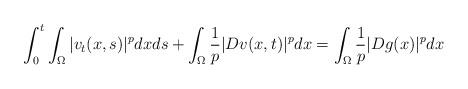
LaTeX: \begin{align*}\int^t_0\int_{\Omega}|v_t(x,s)|^pdxds+\int_{\Omega}\frac{1}{p}|Dv(x,t)|^pdx=\int_{\Omega}\frac{1}{p}|Dg(x)|^pdx\end{align*}